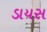
ડાયસ